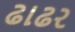
ઢાઢર